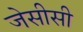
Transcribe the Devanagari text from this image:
जेसीसी